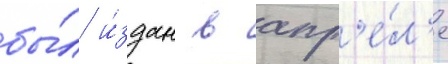
бы́л и́здан в апр'е́л'е